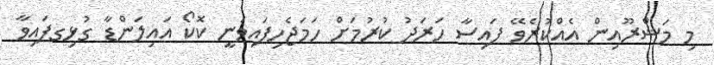
މި މަޝްރޫއިން އެއްކުރެވޭ ފައިސާ ހަރަދު ކުރުމަށް ހަމަޖެހިފައިވަނީ ކޮކޯ އައިލަންޑާ ގުޅިގފައިވާ